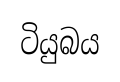
ටියුබය